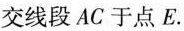
交线段AC于点E。